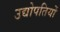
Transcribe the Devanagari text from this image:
उद्योपतियों